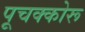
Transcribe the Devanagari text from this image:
पूचक्कोरू